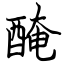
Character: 醃